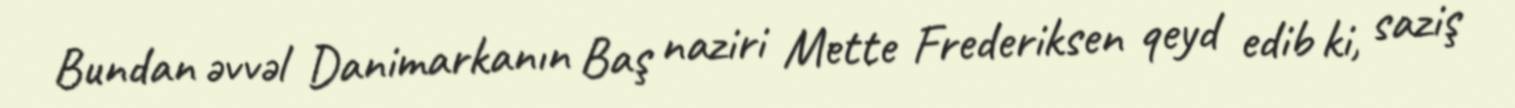
Bundan əvvəl Danimarkanın Baş naziri Mette Frederiksen qeyd edib ki, saziş